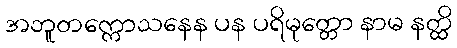
အဘူတက္ကောသနေန ပန ပရိမုတ္တော နာမ နတ္ထိ